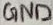
Text: GND